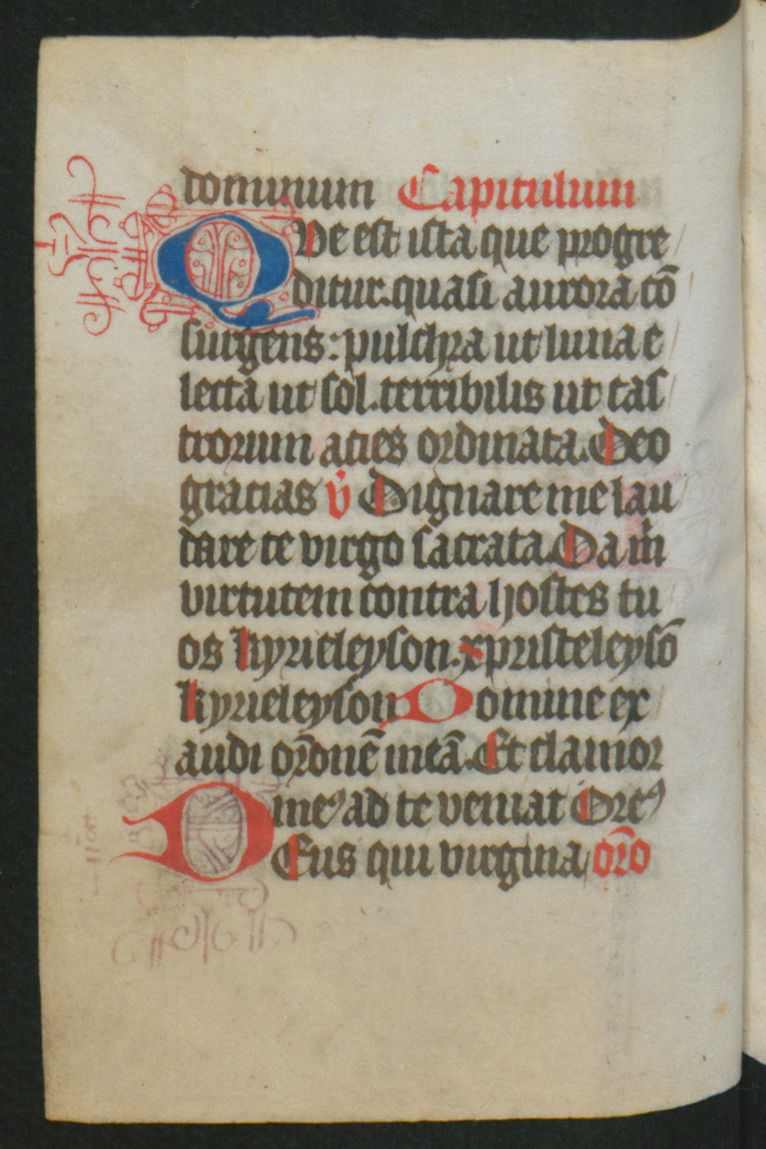
Shelfmark: Berlin, Staatsbibliothek, Hdschr. 25
Century: 15